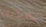
يمكنك